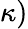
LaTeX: \kappa)